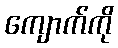
ကျောက်ကို